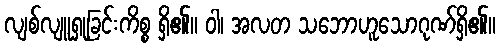
လျစ်လျူရှုခြင်းကိစ္စ ရှိ၏။ ဝါ၊ အလတ သဘောဟူသောဂုဏ်ရှိ၏။